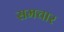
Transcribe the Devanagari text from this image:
समचार